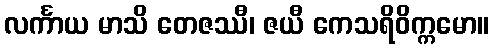
လင်္ကာယ မာသိ တေဇဿီ၊ ဇယီ ကေသရိဝိက္ကမော။